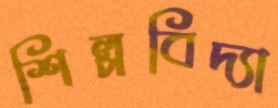
শিল্পবিদ্যা